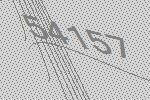
54157